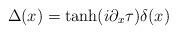
LaTeX: \begin{align*}\Delta (x)=\tanh (i\partial _{x}\tau )\delta (x)\end{align*}